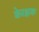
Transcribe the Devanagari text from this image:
केरक्षक